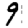
Digit: 9